Report on vaccination in Madras 1904-1921 - 1904-1921
Year: 1904
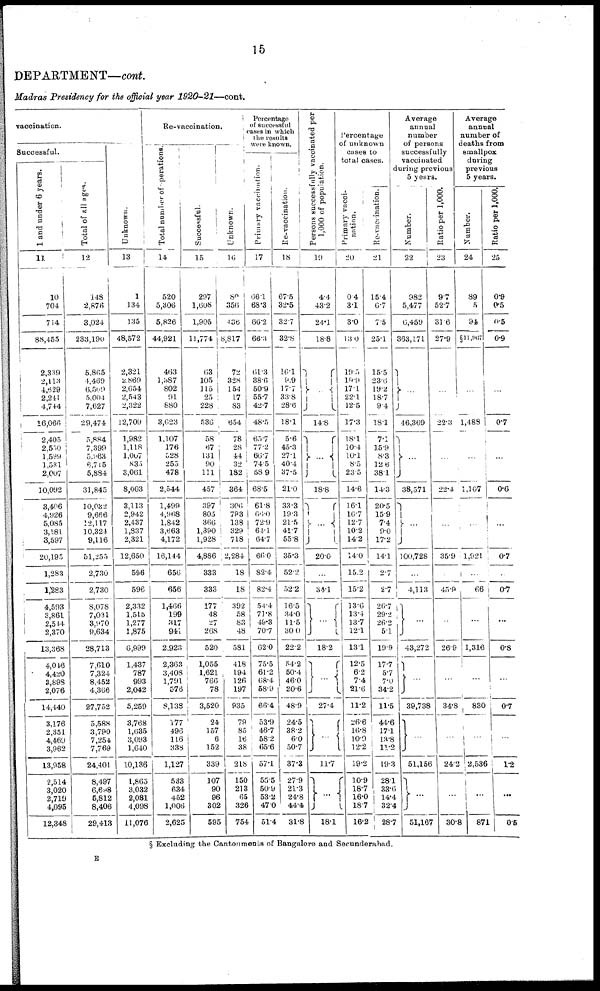
15
DEPARTMENT—cont.
Madras Presidency for the official year 1920-21—cont.
vaccination.
Successful.
1 and under 6 years.
11
10
704
714
88,455
2,339
2,113
4,629
2,241
4,744
16,066
2,405
2,550
1,599
1,531
2,007
10,092
3,406
4,926
5,085
3,181
3,597
20,195
1,283
1,283
4,593
3,861
2,514
2,370
13,368
4,046
4,420
3,898
2,076
14,440
3,176
2,351
4,469
3,962
13,958
2,514
3,020
2,719
4,095
12,348
Total of All ages.
12
148
2,876
3,024
233,190
6,865
4,469
6,509
5,004
7,627
29,474
5,884
7,399
5,963
6,715
5,884
31,845
10,032
9,666
12,117
10,324
9,116
51,255
2,730
2,730
8,078
7,081
3,970
9,634
28,713
7,610
7,324
8,452
4,366
27,752
5,588
3,790
7,254
7,769
24,401
8,497
6,698
6,812
8,406
29,413
Unknown.
13
1
134
135
48,572
2,321
2,869
2,654
2,543
2,322
12,709
1,982
1,118
1,007
835
3,061
8,003
3,113
2,942
2,437
1,837
2,321
12,650
596
596
2,332
1,515
1,277
1,875
6,999
1,437
787
993
2,042
5,259
3,768
1,635
3,093
1,640
10,136
1,865
3,032
2,081
4,098
11,076
Re-vaccination.
Total number of operations.
14
520
5,306
5,826
44,921
463
1,587
802
91
880
3,623
1,107
176
528
255
478
2,544
1,499
4,968
1,842
3,663
4,172
16,144
656
656
1,466
199
317
941
2,923
2,363
3,408
1,791
576
8,138
177
496
116
338
1,127
533
634
452
1,006
2,625
Successful.
15
297
1,608
1,905
11,774
63
105
115
25
228
536
58
67
131
90
111
457
397
805
366
1,390
1,928
4,886
333
333
177
48
27
268
520
1,055
1,621
766
78
3,520
24
157
6
152
339
107
90
96
302
595
Unknown.
16
80
356
436
8,817
72
328
154
17
83
654
78
28
44
32
182
364
306
793
138
329
718
2,284
18
18
392
58
83
48
581
418
194
126
197
935
79
85
16
38
218
150
213
65
326
754
Percentage
of successful
cases in which
the results
were known.
Primary vaccination.
17
66.1
68.3
66.2
66.3
61.3
38.6
50.9
55.7
42.7
48.5
65.7
77.2
66.7
74.5
58.9
68.5
61.8
66.0
72.9
64.1
64.7
66.0
82.4
82.4
54.4
71.8
49.3
70.7
62.0
75.5
61.2
68.4
58.9
66.4
53.9
46.7
58.2
65.6
57.1
55.5
50.9
53.2
47.0
51.4
Re-vaccination.
18
67.5
32.5
32.7
32.8
16.1
9.9
17.7
33.8
28.6
18.1
5.6
45.3
27.1
40.4
37.5
21.0
33.3
19.3
21.5
41.7
55.8
35.3
52.2
52.2
16.5
34.0
11.5
30.0
22.2
54.2
50.4
46.0
20.6
48.9
24.5
38.2
6.0
50.7
37.3
27.9
21.3
24.8
44.4
31.8
Persons successfully vaccinated per
1,000 of population.
19
4.4
43.2
24.1
18.8
...
14.8
...
18.8
...
20.0
...
34.1
...
18.2
...
27.4
...
11.7
...
18.1
Percentage
of unknown
cases to
total cases.
Primary vacci-
nation.
20
0.4
3.1
3.0
13.0
19.5
19.9
17.1
22.1
12.5
17.3
18.1
10.4
10.1
8.5
23.5
14.6
16.1
16.7
12.7
10.2
14.2
14.0
15.2
15.2
13.6
13.4
13.7
12.1
13.1
12.5
6.2
7.4
21.6
11.2
26.6
16.8
10.9
12.2
19.2
10.9
18.7
16.0
18.7
16.2
Re-vaccination.
21
15.4
6.7
7.5
25.1
15.5
23.6
19.2
18.7
9.4
18.1
7.1
15.9
8.3
12.6
38.1
14.3
20.5
15.9
7.4
9.0
17.2
14.1
2.7
2.7
26.7
29.2
26.2
5.1
19.9
17.7
5.7
7.0
34.2
11.5
44.6
17.1
13.8
11.2
19.3
28.1
33.6
14.4
32.4
28.7
Average
annual
number
of persons
successfully
vaccinated
during previous
5 years.
Number.
22
982
5,477
6,459
363,171
...
46,369
...
38,571
...
100,728
...
4,113
...
43,272
...
39,738
...
51,156
...
51,167
Ratio per 1,000.
23
9.7
52.7
31.6
27.9
...
22.3
...
22.4
...
35.9
...
45.9
...
26.9
...
34.8
...
24.2
...
30.8
Average
annual
number of
deaths from
smallpox
during
previous
5 years.
Number.
24
89
5
94
§11,967
...
1,488
...
1,107
...
1,921
...
66
...
1,316
...
830
...
2,536
...
871
Ratio per 1,000.
25
0.9
0.5
0.5
0.9
...
0.7
...
0.6
...
0.7
...
0.7
...
0.8
...
0.7
...
1.2
...
0.5
§ Excluding the Cantonments of Bangalore and Secunderabad.
E